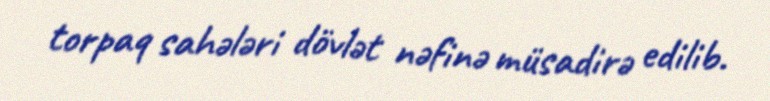
torpaq sahələri dövlət nəfinə müsadirə edilib.